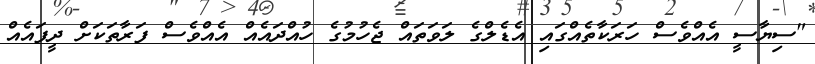
"ސިޔާސީ އެއްވެސް ހަރަކާތެއްގައި އެޑެލްގެ ލަވަތައް ޖެހުމުގެ ހުއްދައެއް އެއްވެސް ފަރާތަކަށް ދީފައެއް